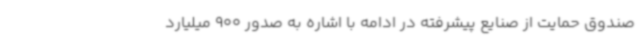
صندوق حمایت از صنایع پیشرفته در ادامه با اشاره به صدور 900 میلیارد